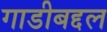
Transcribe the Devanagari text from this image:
गाडीबद्दल